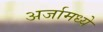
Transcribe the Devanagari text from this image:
अर्जामध्ये